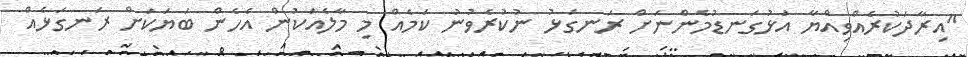
"އިރާދަކުރެއްވިއްޔާ އަޅުގަނޑުމެންނަށް ރަނގަޅު ނުކުރެވުނު ކަމެއް މި މާލެއަކުން އެހެން ބަޔަކަށް ރަނގަޅެއް